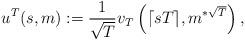
LaTeX: \begin{align*}u^T(s,m):=\frac{1}{\sqrt{T}} v_T\left({\lceil sT \rceil}, m^{*\sqrt{T}} \right),\end{align*}